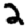
Digit: 2